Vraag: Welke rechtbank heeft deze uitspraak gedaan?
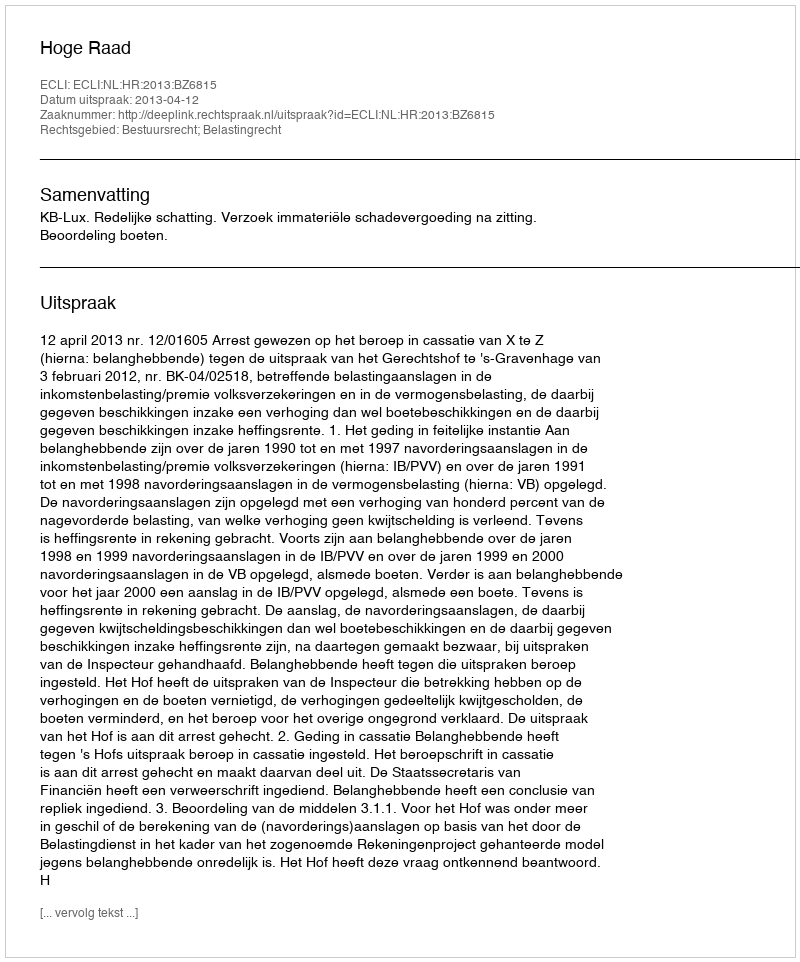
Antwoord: Hoge Raad